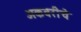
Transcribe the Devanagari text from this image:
अकबरीचे